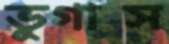
ভুগাস